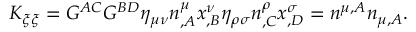
K _ { \xi \xi } = G ^ { A C } G ^ { B D } \eta _ { \mu \nu } n _ { , A } ^ { \mu } x _ { , B } ^ { \nu } \eta _ { \rho \sigma } n _ { , C } ^ { \rho } x _ { , D } ^ { \sigma } = n ^ { \mu , A } n _ { \mu , A } .